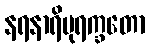
နရနာရိပုရက္ခတော